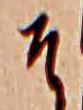
そ